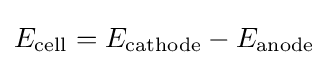
E_{\text{cell}}=E_{\text{cathode}}-E_{\text{anode}}